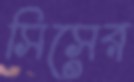
সিসের